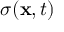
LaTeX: { \boldsymbol { \sigma } } ( \mathbf { x } , t )